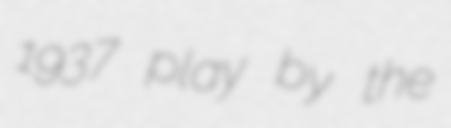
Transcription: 1937 play by the